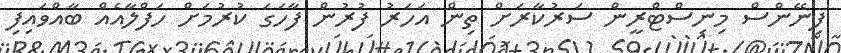
ފިނޭންސް މިނިސްޓްރީން ސަރުކާރަށް ތިން އަހަރު ފުރުން ފާހަގަ ކުރުމަށް ހަފްލާއެއް ބާއްވައިފި